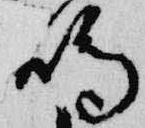
鳴